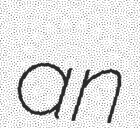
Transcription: an